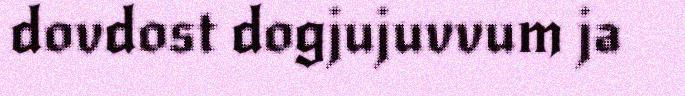
dovdost dogjujuvvum ja